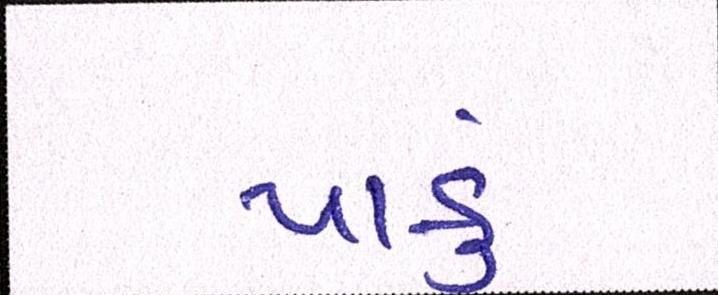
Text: પાકું